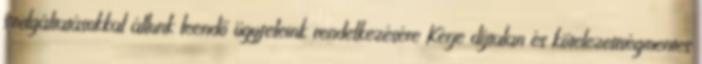
szolgáltatásokkal állunk leendő ügyfeleink rendelkezésére Kérje díjtalan és kötelezettségmentes